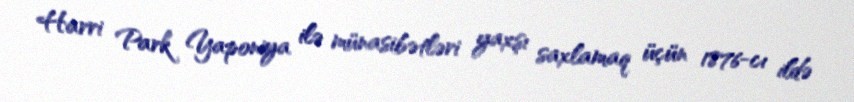
Harri Park Yaponiya ilə münasibətləri yaxşı saxlamaq üçün 1876-cı ildə